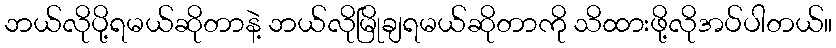
ဘယ်လိုပို့ရမယ်ဆိုတာနဲ့ ဘယ်လိုမြိုချရမယ်ဆိုတာကို သိထားဖို့လိုအပ်ပါတယ်။